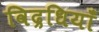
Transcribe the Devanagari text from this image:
विद्रधियाँ